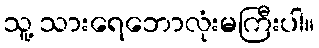
သူ့ သားရေဘောလုံးမကြီးပါ။